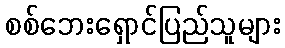
စစ်ဘေးရှောင်ပြည်သူများ